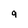
Character: 9